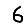
Digit: 6